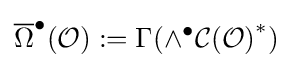
{\overline {\Omega }}^{\bullet }({\mathcal {O}}):=\Gamma (\wedge ^{\bullet }{\mathcal {C(O)}}^{*})